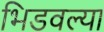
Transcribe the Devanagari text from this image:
भिडवल्या